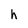
Character: h